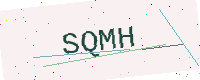
Text: SQMH